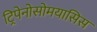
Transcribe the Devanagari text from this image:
ट्रिपेनोसोमयासिस